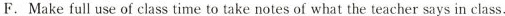
F. Make full use of class time to take notes of what the teacher says in class.